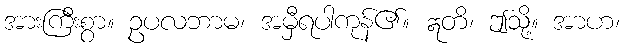
အားကြီးစွာ။ ဥပလဘာမ၊ အမှီရပါကုန်၏။ ဣတိ၊ ဤသို့။ အာဟ၊